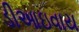
ડીઆઇવાય